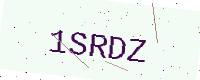
Text: 1SRDZ